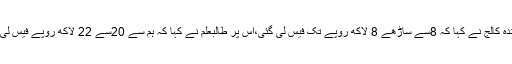
،نمائندہ کالج نے کہا کہ 8سے ساڑھے 8 لاکھ روپے تک فیس لی گئی،اس پر طالبعلم نے کہا کہ ہم سے 20سے 22 لاکھ روپے فیس لی گئی۔